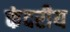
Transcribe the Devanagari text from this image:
कंदरीय